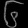
Digit: ၆